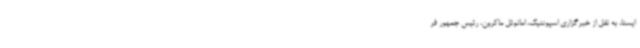
ایسنا، به نقل از خبرگزاری اسپوتنیک، امانوئل ماکرون، رئیس جمهور فر